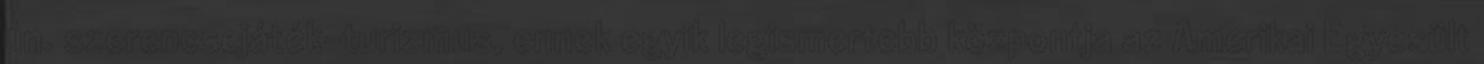
ún. szerencsejáték-turizmus, ennek egyik legismertebb központja az Amerikai Egyesült